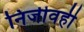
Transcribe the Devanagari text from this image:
निर्जीवही